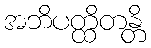
အဘိပတ္ထိတန္တိ